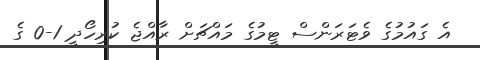
އެ ގައުމުގެ ވެޓަރަންސް ޓީމުގެ މައްޗަށް ރާއްޖެ ކުރިހޯދީ 1-0 ގެ